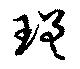
瑳